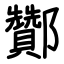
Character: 酇